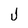
Character: j